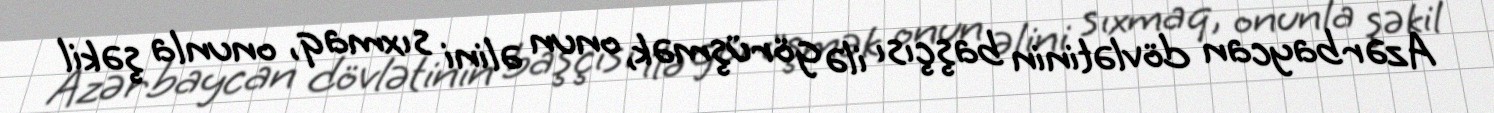
Azərbaycan dövlətinin başçısı ilə görüşmək, onun əlini sıxmaq, onunla şəkil